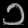
Digit: ၁